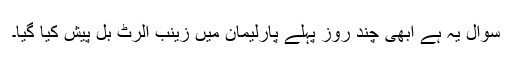
سوال یہ ہے ابھی چند روز پہلے پارلیمان میں زینب الرٹ بل پیش کیا گیا۔